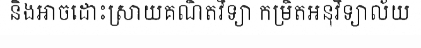
និងអាចដោះស្រាយគណិតវិទ្យា កម្រិតអនុវិទ្យាល័យ